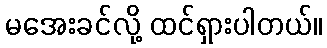
မအေးခင်လို့ ထင်ရှားပါတယ်။